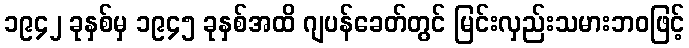
၁၉၄၂ ခုနှစ်မှ ၁၉၄၅ ခုနှစ်အထိ ဂျပန်ခေတ်တွင် မြင်းလှည်းသမားဘဝဖြင့်